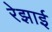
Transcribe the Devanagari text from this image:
रेझाई